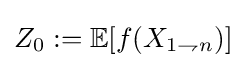
Z_{0}:=\mathbb {E} [f(X_{1\rightharpoondown n})]